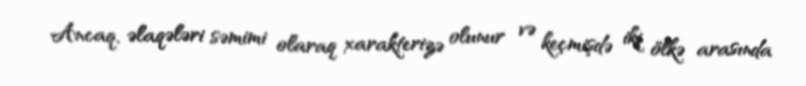
Ancaq, əlaqələri səmimi olaraq xarakterizə olunur və keçmişdə iki ölkə arasında